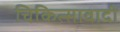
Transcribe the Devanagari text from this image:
चिकित्सावादी